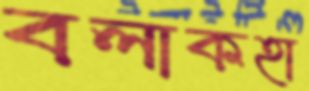
বলাকহা